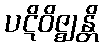
ပဋိဝိဇ္ဈန္တိ